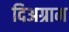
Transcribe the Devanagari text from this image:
दिअग्राम